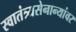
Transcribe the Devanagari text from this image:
स्वातंत्र्यसेनान्यांवर